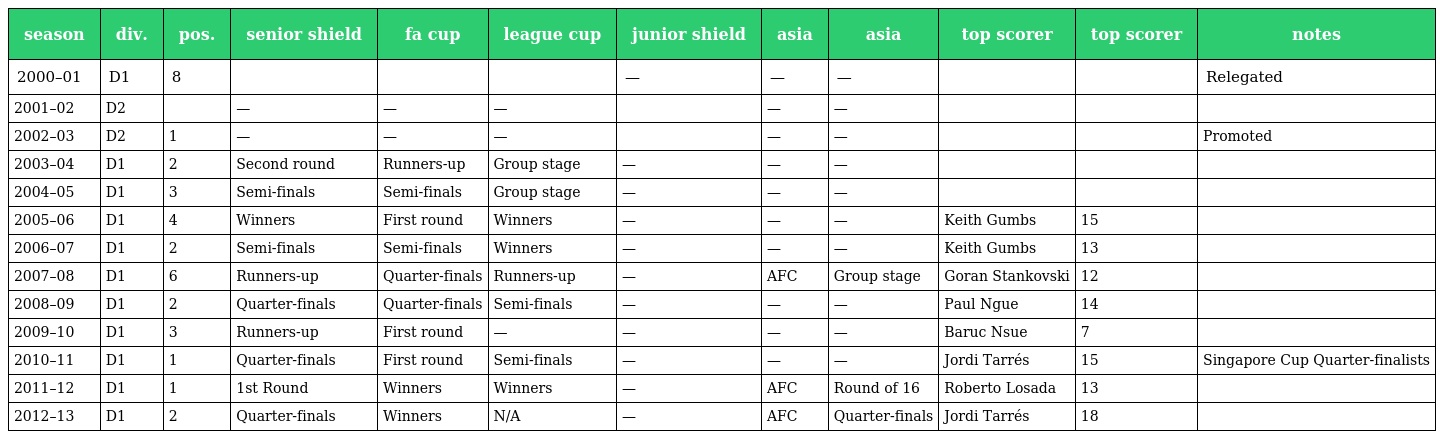
| season | div. | pos. | senior shield | fa cup | league cup | junior shield | asia | asia | top scorer | top scorer | notes |
 | --- | --- | --- | --- | --- | --- | --- | --- | --- | --- | --- | --- |
 | 2000–01 | D1 | 8 |  |  |  | — | — | — |  |  | Relegated |
 | 2001–02 | D2 |  | — | — | — |  | — | — |  |  |  |
 | 2002–03 | D2 | 1 | — | — | — |  | — | — |  |  | Promoted |
 | 2003–04 | D1 | 2 | Second round | Runners-up | Group stage | — | — | — |  |  |  |
 | 2004–05 | D1 | 3 | Semi-finals | Semi-finals | Group stage | — | — | — |  |  |  |
 | 2005–06 | D1 | 4 | Winners | First round | Winners | — | — | — | Keith Gumbs | 15 |  |
 | 2006–07 | D1 | 2 | Semi-finals | Semi-finals | Winners | — | — | — | Keith Gumbs | 13 |  |
 | 2007–08 | D1 | 6 | Runners-up | Quarter-finals | Runners-up | — | AFC | Group stage | Goran Stankovski | 12 |  |
 | 2008–09 | D1 | 2 | Quarter-finals | Quarter-finals | Semi-finals | — | — | — | Paul Ngue | 14 |  |
 | 2009–10 | D1 | 3 | Runners-up | First round | — | — | — | — | Baruc Nsue | 7 |  |
 | 2010–11 | D1 | 1 | Quarter-finals | First round | Semi-finals | — | — | — | Jordi Tarrés | 15 | Singapore Cup Quarter-finalists |
 | 2011–12 | D1 | 1 | 1st Round | Winners | Winners | — | AFC | Round of 16 | Roberto Losada | 13 |  |
 | 2012–13 | D1 | 2 | Quarter-finals | Winners | N/A | — | AFC | Quarter-finals | Jordi Tarrés | 18 |  |